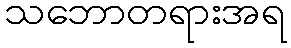
သဘောတရားအရ